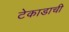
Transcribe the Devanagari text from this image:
टेकाडाची